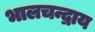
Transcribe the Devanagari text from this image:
भालचन्द्राय